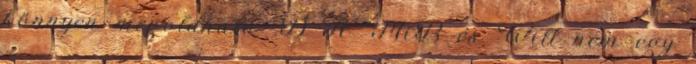
könnyen megoldható :D A “MiB és Will nem egy